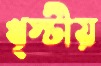
খৃস্টীয়